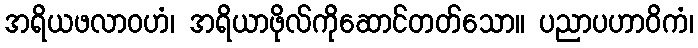
အရိယဖလာဝဟံ၊ အရိယာဖိုလ်ကိုဆောင်တတ်သော။ ပညာပဟာဝိကံ၊